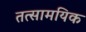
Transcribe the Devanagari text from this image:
तत्सामयिक